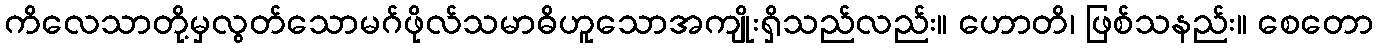
ကိလေသာတို့မှလွတ်သောမဂ်ဖိုလ်သမာဓိဟူသောအကျိုးရှိသည်လည်း။ ဟောတိ၊ ဖြစ်သနည်း။ စေတော